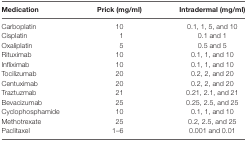
<table><thead><tr><td><b>Medication</b></td><td><b>Prick (mg/ml)</b></td><td><b>Intradermal (mg/ml)</b></td></tr></thead><tbody><tr><td>Carboplatin</td><td>10</td><td>0.1, 1, 5, and 10</td></tr><tr><td>Cisplatin</td><td>1</td><td>0.1 and 1</td></tr><tr><td>Oxaliplatin</td><td>5</td><td>0.5 and 5</td></tr><tr><td>Rituximab</td><td>10</td><td>0.1, 1, and 10</td></tr><tr><td>Infliximab</td><td>10</td><td>0.1, 1, and 10</td></tr><tr><td>Tocilizumab</td><td>20</td><td>0.2, 2, and 20</td></tr><tr><td>Centuximab</td><td>20</td><td>0.2, 2, and 20</td></tr><tr><td>Traztuzmab</td><td>21</td><td>0.21, 2.1, and 21</td></tr><tr><td>Bevacizumab</td><td>25</td><td>0.25, 2.5, and 25</td></tr><tr><td>Cyclophosphamide</td><td>10</td><td>0.1, 1, and 10</td></tr><tr><td>Methotrexate</td><td>25</td><td>0.2, 2.5, and 25</td></tr><tr><td>Paclitaxel</td><td>1–6</td><td>0.001 and 0.01</td></tr></tbody></table>